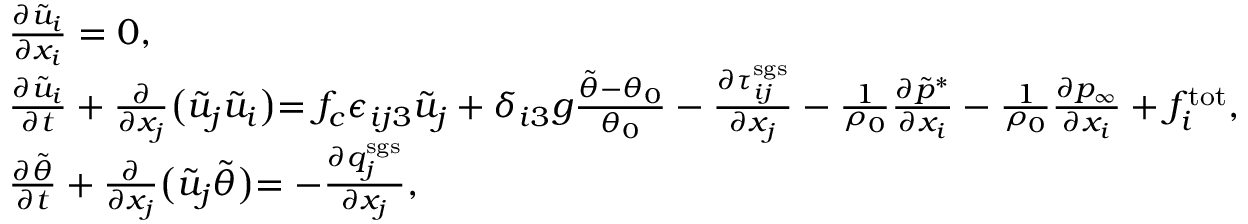
\begin{array} { r l } & { \frac { \partial \tilde { u } _ { i } } { \partial x _ { i } } = 0 , } \\ & { \frac { \partial \tilde { u } _ { i } } { \partial t } + \frac { \partial } { \partial x _ { j } } \bigl ( \tilde { u } _ { j } \tilde { u } _ { i } \bigl ) = f _ { c } \epsilon _ { i j 3 } \tilde { u } _ { j } + \delta _ { i 3 } g \frac { \tilde { \theta } - \theta _ { 0 } } { \theta _ { 0 } } - \frac { \partial \tau _ { i j } ^ { \mathrm { s g s } } } { \partial x _ { j } } - \frac { 1 } { \rho _ { 0 } } \frac { \partial \tilde { p } ^ { \ast } } { \partial x _ { i } } - \frac { 1 } { \rho _ { 0 } } \frac { \partial p _ { \infty } } { \partial x _ { i } } + f _ { i } ^ { \mathrm { t o t } } , } \\ & { \frac { \partial \tilde { \theta } } { \partial t } + \frac { \partial } { \partial x _ { j } } \bigl ( \tilde { u } _ { j } \tilde { \theta } \bigl ) = - \frac { \partial q _ { j } ^ { \mathrm { s g s } } } { \partial x _ { j } } , } \end{array}